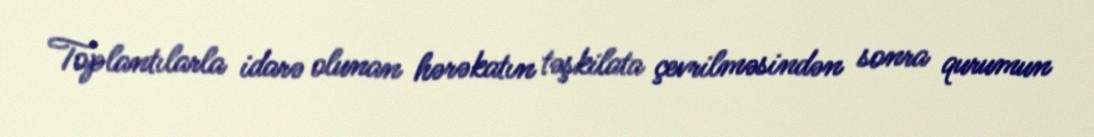
Toplantılarla idarə olunan hərəkatın təşkilata çevrilməsindən sonra qurumun